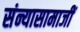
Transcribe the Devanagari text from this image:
संन्यासामाजीं